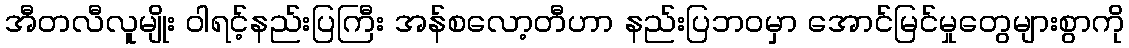
အီတလီလူမျိုး ဝါရင့်နည်းပြကြီး အန်စလော့တီဟာ နည်းပြဘဝမှာ အောင်မြင်မှုတွေများစွာကို